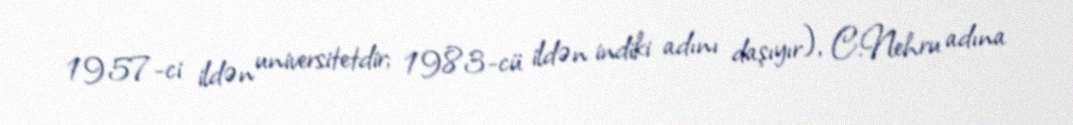
1957-ci ildən universitetdir; 1983-cü ildən indiki adını daşıyır), C.Nehru adına